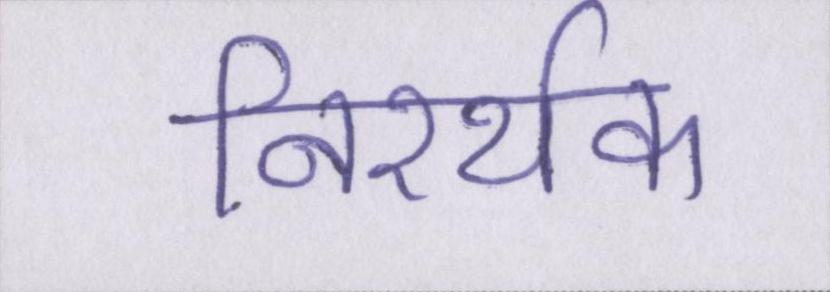
निरर्थक